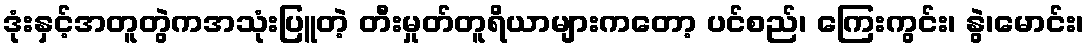
ဒုံးနှင့်အတူတွဲကအသုံးပြူတဲ့ တီးမှုတ်တူရိယာများကတော့ ပင်စည်၊ ကြေးကွင်း၊ နွဲ၊မောင်း၊